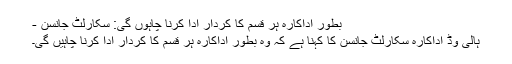
بطور اداکارہ ہر قسم کا کردار ادا کرنا چاہوں گی: سکارلٹ جانسن -
ہالی وڈ اداکارہ سکارلٹ جانسن کا کہنا ہے کہ وہ بطور اداکارہ ہر قسم کا کردار ادا کرنا چاہیں گی۔